Leaving Certificate Examination (including Day School Certificate (Higher) General paper), 1939
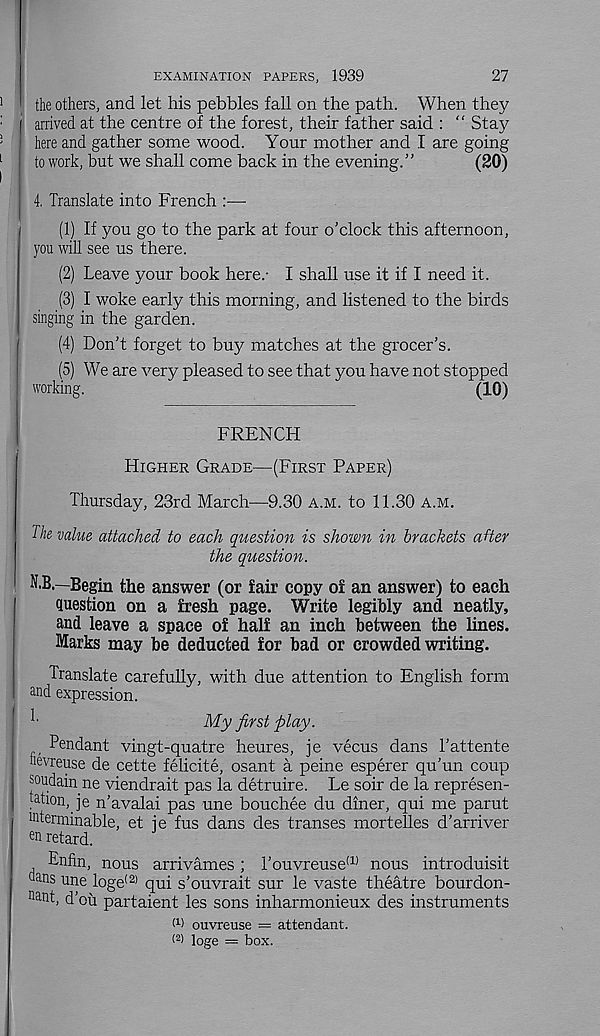
27
EXAMINATION PAPERS,
1939
the others, and let his pebbles fall on the path. When they
arrived at the centre of the forest, their father said : “ Stay
here and gather some wood. Your mother and I are going
to work, but we shall come back in the evening.”
(20)
4. Translate into French :—
(1) If you go to the park at four o’clock this afternoon,
you will see us there.
(2) Leave your book here.- I shall use it if I need it.
(3) I woke early this morning, and listened to the birds
singing in the garden.
(4) Don’t forget to buy matches at the grocer’s.
(5) We are very pleased to see that you have not stopped
working.
(10)
FRENCH
HIGHER GRADE—(FIRST PAPER)
Thursday, 23rd March—9.30 A.M. to 11.30 A.M.
The value attached to each question is shown in brackets after
the question.
N.B.—Begin the answer (or fair copy of an answer) to each
question on a fresh page. Write legibly and neatly,
and leave a space of half an inch between the lines.
Marks may be deducted for bad or crowded writing.
Translate carefully, with due attention to English form
and expression.
My first play.
Pendant vingt-quatre heures, je vecus dans Tattente
nevreuse de cette felicite, osant a peine esperer qu’un coup
soudain ne viendrait pas la detruire. Le soir de la represen-
ption, je n’avalai pas une bouchee du diner, qui me parut
^terminable, et je fus dans des transes mortelles d’arriver
en retard.
Enfin, nous arrivames ; l’ouvreuse a) nous introduisit
eans u ne loge (2) qui s’ouvrait sur le vaste theatre bourdon-
na nt, d’ou partaient les sons inharmonieux des instruments
m ouvreuse = attendant.
(2) loge = box.